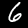
Label: 6